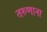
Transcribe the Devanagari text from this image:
तरुणाना